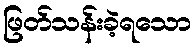
ဖြတ်သန်းခဲ့ရသော